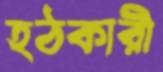
হঠকারী